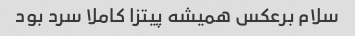
سلام برعکس همیشه پیتزا کاملا سرد بود